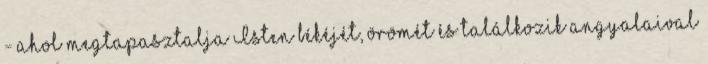
- ahol megtapasztalja Isten békéjét, örömét és találkozik angyalaival